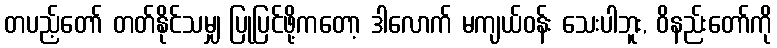
တပည့်တော် တတ်နိုင်သမျှ ပြုပြင်ဖို့ကတော့ ဒါလောက် မကျယ်ဝန်း သေးပါဘူး, ဝိနည်းတော်ကို